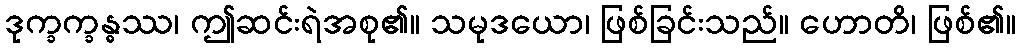
ဒုက္ခက္ခန္ဓဿ၊ ဤဆင်းရဲအစု၏။ သမုဒယော၊ ဖြစ်ခြင်းသည်။ ဟောတိ၊ ဖြစ်၏။